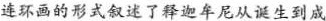
连环画的形式叙述了释迦牟尼从诞生到成